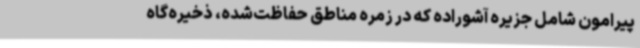
پیرامون شامل جزیره آشوراده که در زمره مناطق حفاظت‌شده، ذخیره‌گاه